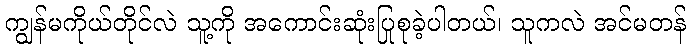
ကျွန်မကိုယ်တိုင်လဲ သူ့ကို အကောင်းဆုံးပြုစုခဲ့ပါတယ်၊ သူကလဲ အင်မတန်